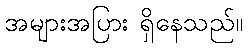
အများအပြား ရှိနေသည်။